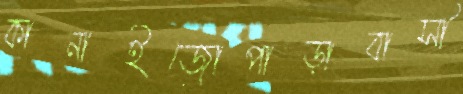
কানাইজোপাড়াবাসী